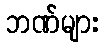
ဘဏ်များ